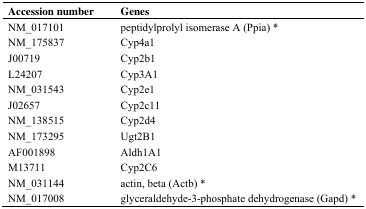
| Accession number | Genes |
 | --- | --- |
 | NM_017101 | peptidylprolyl isomerase A (Ppia)* |
 | NM_175837 | Cyp4a1 |
 | J00719 | Cyp2b1 |
 | L24207 | Cyp3A1 |
 | NM_031543 | Cyp2e1 |
 | J02657 | Cyp2c11 |
 | NM_138515 | Cyp2d4 |
 | NM_173295 | Ugt2B1 |
 | AF001898 | Aldh1A1 |
 | M13711 | Cyp2C6 |
 | NM_031144 | actin, beta (Actb)* |
 | NM_017008 | glyceraldehyde-3-phosphate dehydrogenase (Gapd)* |